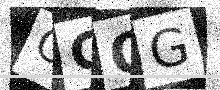
Text: CGOG